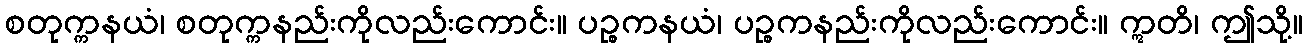
စတုက္ကနယံ၊ စတုက္ကနည်းကိုလည်းကောင်း။ ပဉ္စကနယံ၊ ပဉ္စကနည်းကိုလည်းကောင်း။ ဣတိ၊ ဤသို့။